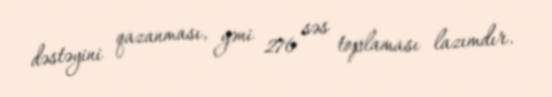
dəstəyini qazanması, yəni 276 səs toplaması lazımdır.